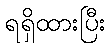
ရရှိထားပြီး